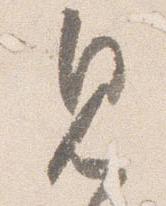
見